Report on sanitation, dispensaries, and jails in Rajputana for 1913, and on vaccination for the year 1913-1914 - 1913-1914
Year: 1913
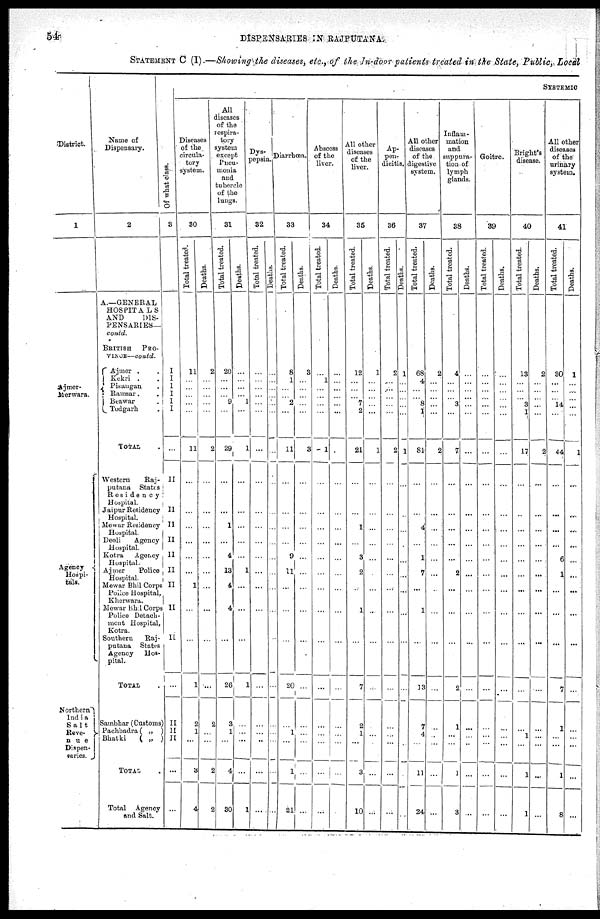
54
DISPENSARIES IN RAJPUTANA
STATEMENT C (I).—Showing the diseases, etc., of the In-door patients treated in the State, Public, Local
District.
1
Ajmer¬
Merwara.
Agency
Hospi-
tals.
Northern
India
Salt
Reve¬
nue
Dispen-
saries.
Name of
Dispensary.
2
A.—GENERAL
HOSPITALS
AND
DIS-
PENSARIES—
contd.
BRITISH
PRO¬
VINCE—contd.
Ajmer . .
Kekri . .
Pisangan .
Ramsar. .
Beawar .
Todgarh .
TOTAL .
Western
Raj¬
putana
States
Residency
Hospital.
Jaipur Residency
Hospital.
Mewar Residency
Hospital.
Deoli
Agency
Hospital.
Kotra Agency
Hospital.
Ajmer
Police
Hospital.
Mewar Bhil Corps
Police Hospital
Kherwara.
Mewar Bhi1 Corps
Police Detach¬
ment Hospital,
Kotra.
Southern Raj¬
putana States
Agency Hos¬
pital.
TOTAL
Sambhar (Customs)
Pachbadra( „ )
Bhatki
( „ )
TOTAL
Total Agency
and Salt.
SYSTEMIC
Of what class.
3
I
I
I
I I
I
...
II
II
II
II
II
II
II
II
II
...
II
II
II
...
...
Diseases
of the
circula¬
tory
system.
30
Total treated.
11
...
...
...
...
...
11
...
...
...
...
...
...
1
...
...
1
2
1
...
3
4
Deaths.
2
...
...
...
...
...
2
...
...
...
...
...
...
...
...
...
...
2
...
...
2
2
All
diseases
of the
respira¬
tory
system
except
Pneu¬
monia
and
tubercle
of the
lungs.
31
Total treated.
20
...
...
... 9
...
29
...
...
1
...
4
13
4
4
...
26
3
1
...
4
30
Deaths.
...
...
...
... 1
...
1
...
...
...
...
...
1
...
...
...
1
...
...
...
...
1
Dys¬
pepsia
32
Total treated.
...
...
...
...
...
...
...
...
...
...
...
...
...
...
...
...
...
...
...
..
...
...
Diarrhœa.
33
Deaths.
...
...
...
...
...
...
...
...
...
...
...
...
...
...
...
...
...
...
...
...
...
...
Total treated.
8
1
...
... 2
...
11
...
...
...
...
9
11
...
...
...
20
...
1
...
1
21
Deaths.
3
...
...
...
...
...
3
...
...
...
...
...
...
...
...
...
...
...
...
...
...
...
Abscess
of the
liver.
34
Total treated.
... 1
...
...
...
...
1
...
...
...
...
...
...
...
...
...
...
...
...
...
...
...
Deaths.
...
...
...
...
...
...
...
...
...
...
...
...
...
...
...
...
...
...
...
...
...
...
All other
diseases
of the
liver.
35
Total treated.
12
...
...
... 7
2
21
...
...
1
...
3
2
...
1
...
7
2
1
...
3
10
Deaths.
1
...
...
...
...
...
1
...
...
...
...
...
...
...
...
...
...
...
...
...
...
...
Ap-
pen-
dicitis.
36
Total treated.
2
...
...
...
...
...
2
...
...
...
...
...
...
...
...
...
...
...
...
...
...
...
Deaths.
1
...
...
...
...
...
1
...
...
...
...
...
...
...
...
...
...
...
...
...
...
...
All other
diseases
of the
digestive
system.
37
Total treated.
68
4
...
... 8
1
81
...
...
4
...
1
7
...
1
...
13
7
4
...
11
24
Deaths.
2
...
...
...
...
...
2
...
...
...
...
...
...
...
...
...
...
...
...
...
...
...
Inflam-
mation
and
suppura-
tion of
lymph
glands.
38
Total treated.
4
...
...
... 3
...
7
...
...
...
...
...
2
...
...
...
2
1
...
...
1
3
Deaths.
...
...
...
...
...
...
...
...
...
...
...
...
...
...
...
...
...
...
...
...
...
...
Goitre.
39
Total treated.
...
...
...
...
...
...
...
...
...
...
...
...
...
...
...
...
...
...
...
...
...
...
Deaths.
...
...
...
...
...
...
...
...
...
...
...
...
...
...
...
...
...
...
...
...
...
...
Bright's
disease.
40
Total treated.
13
...
...
... 3
1
17
...
...
...
...
...
...
...
...
...
...
...
1
...
1
1
Deaths.
2
...
...
...
...
...
2
...
...
...
...
...
...
...
...
...
...
...
...
...
...
...
All other
diseases
of the
urinary
system.
41
Total treated.
30
...
...
... 14
...
44
...
...
...
...
6
1
...
...
...
7
1
...
...
1
8
Deaths.
1
...
...
...
...
...
1
...
...
...
...
...
...
...
...
...
...
...
...
...
...
...